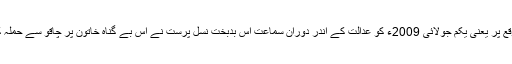
اس موقع پر یعنی یکم جولائی 2009ء کو عدالت کے اندر دورانِ سماعت اس بدبخت نسل پرست نے اس بے گناہ خاتون پر چاقو سے حملہ کر دیا۔